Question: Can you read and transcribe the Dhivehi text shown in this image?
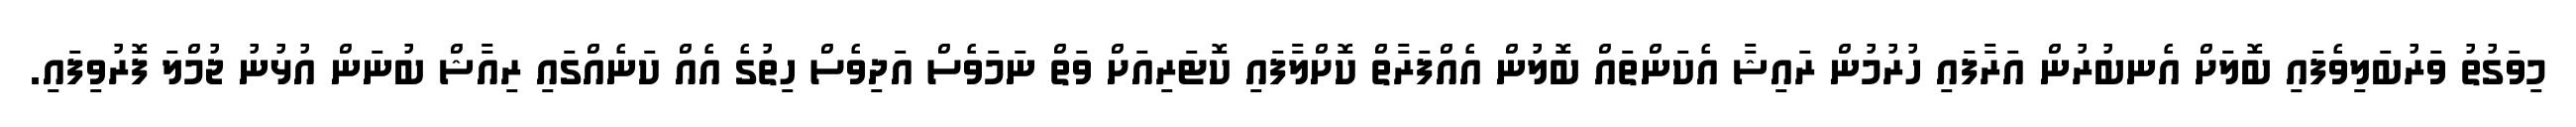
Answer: މިވަގުތު ވަރުބަލިވެފައި ބޮލަށް އެނބުރުން އަރާފައި ހުރުމުން ރައިޝާ އެކަންތައް ބޮލުން އެއްފަރާތް ކޮށްލާފައި ކޮޓަރިއަށް ވަތް ނަމަވެސް އަދިވެސް ހިތުގެ އެއް ކަނެއްގައި ރިއާޝް ބުނަން އުޅުނު ޖުމްލަ ފޮރުވިފައި.